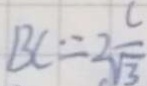
B C = 2 \frac { c } { \sqrt { 3 } }